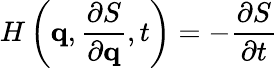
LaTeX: H\left(\mathbf{q},{\frac{\partial S}{\partial\mathbf{q}}},t\right)=-{\frac{\partial S}{\partial t}}